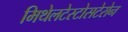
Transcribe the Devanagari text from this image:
मिथेलटेस्टोसटेरोन